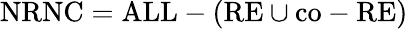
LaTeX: {\mathrm{NRNC}}={\mathrm{ALL}}-({\mathrm{RE}}\cup{\mathrm{co-RE}})